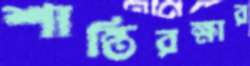
শান্তিরক্ষার